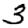
Digit: 3